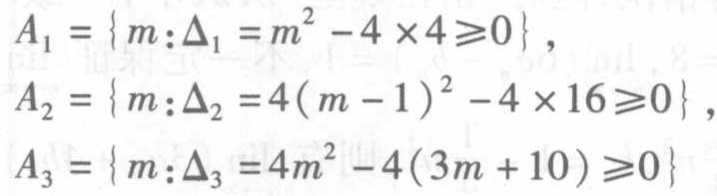
\[

\begin{align*}

A_1&=\{m:\Delta_1 = m^2 - 4\times4\geqslant0\},\\

A_2&=\{m:\Delta_2 = 4(m - 1)^2 - 4\times16\geqslant0\},\\

A_3&=\{m:\Delta_3 = 4m^2 - 4(3m + 10)\geqslant0\}

\end{align*}

\]